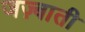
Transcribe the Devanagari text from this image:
जज़्बाती